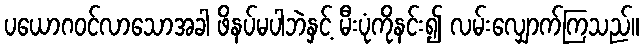
ပယောဂဝင်လာသောအခါ ဖိနပ်မပါဘဲနှင့် မီးပုံကိုနင်း၍ လမ်းလျှောက်ကြသည်။